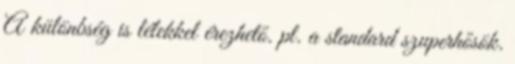
A különbség is lélekkel érezhető. pl. a standard szuperhősök.